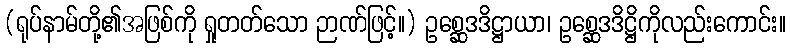
(ရုပ်နာမ်တို့၏အဖြစ်ကို ရှုတတ်သော ဉာဏ်ဖြင့်။) ဥစ္ဆေဒဒိဋ္ဌာယာ၊ ဥစ္ဆေဒဒိဋ္ဌိကိုလည်းကောင်း။